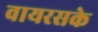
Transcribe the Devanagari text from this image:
वायरसके